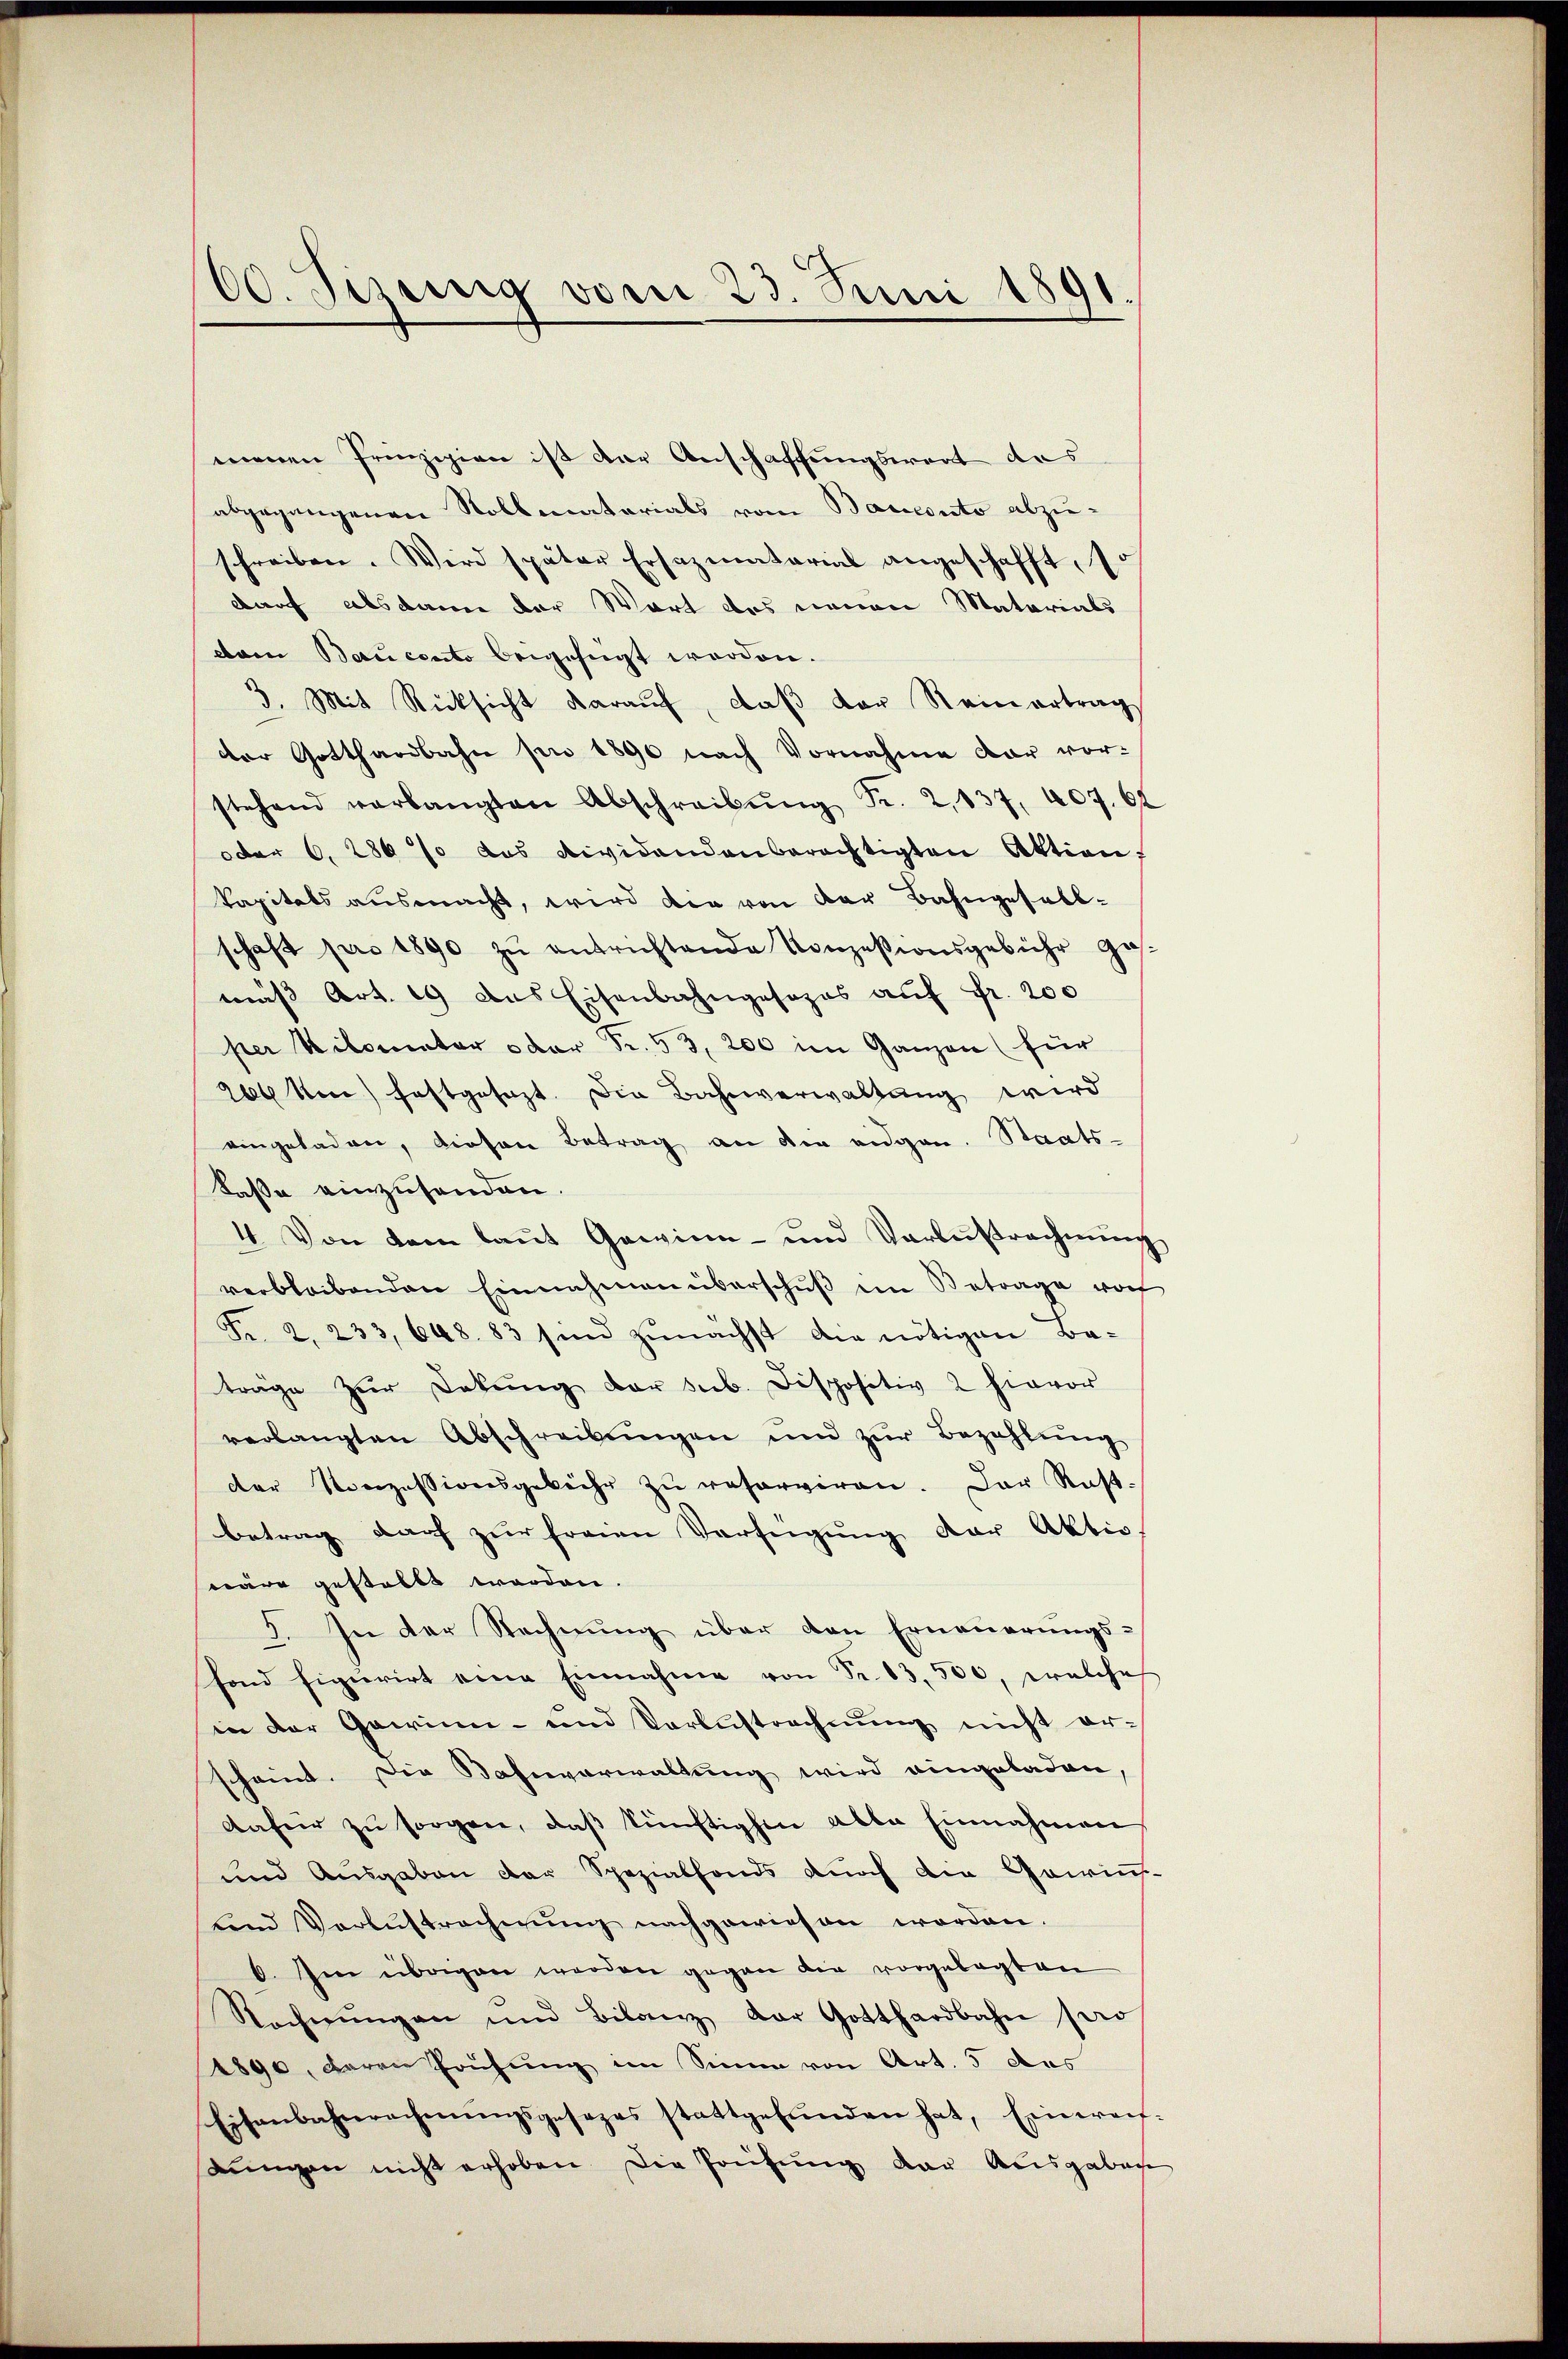
60. Jezing vom 23. Juni 1891.

menen Prinzipien ist der Anschaffungswert des
abgegangenen Rollmatarials vom Bauconto abzuschreiben. Wird später Ersazmatorial angeschafft, so
darf alsdann der Wort des neuen Materials
dam Bancento beigefügt werden.
3. Mit Rücksicht darauf, daß der Reinertrag
der Gotthardbahn pro 1890 nach Vornahme dar vor-
stehend verlangten Abschreibŭng Fr. 2, 137, 407. 62
oder 6. 2867 das dividandenberechtigten Aktion,
kapitals ausmacht, wird die von der Bahngesell-
schaft pro 1890 zŭ entrichtende Konzesionsgebühr ge
mäβ Art. 19 das Eisenbahngesezes auf Fr. 200
per Kilometer oder Fr. 53, 200 im Ganzen (für
264 von festgesezt. Die Bahnverwaltung wird
eingeladen, diesen Betrag an die eidgen. Staats-
Kasse einzusenden.
4. Von dem laut Gewinn- und Verlustrechnung
verbleibenden Einnahmen überschŭβ im Betrage woh
Fr. 2. 233, 648. 83 sind zunächst die nötigen Ba-
träge zŭr Dekŭng der sub. Dispositiv 2 hievor
verlangten Abschreibŭngen und zŭr Bezahlŭng
der Konzessionsgebühr zŭ reserviren. Der Rast-
betrag darf zur freien Verfügung der Aktiv.
wäre gestallt worden.
3. In der Rechnung über den Erneuerungsfond figurirt eine Einnahme von Fr. 13,500, welcher
in der Gewinn- und Verlustrechnŭng nicht er-
scheint. Die Bahnverwaltung wird eingeladen,
dafür zŭ sorgen, daß künftigen alte Einnahmen
und Ausgaben der Spezialfonds durch die Gawin-
und Verlustrechnung nachgewiesen worden.
6. Im übrigen worden gegen die vorgelegten
Rechnŭngen und Bilanz der Gotthardbahn sei
1890, deren Prüfung im Sinne von Art. 5 des
Eisenbahnrechnŭngsgesezes stattgefŭnden hat, Einweis-
Lungen nicht erhoben die Prüfung der Ausgaben